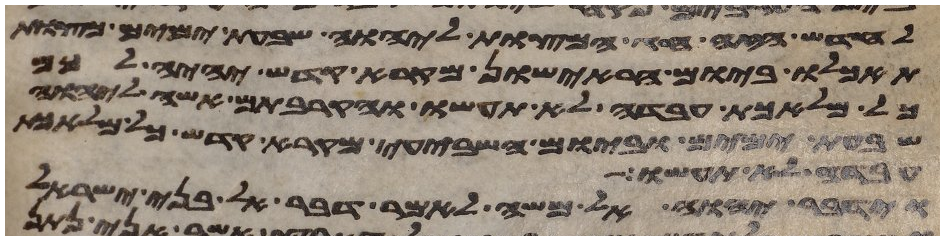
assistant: לחדש הזה חג המצות ליהוה שבעת ימים מצות
תאכלו ביום הראישון מקרא קדש יהיה לכם
כל מלאכת עבדה לא תעשו והקרבתם אשה ליהוה
שבעת ימים וביום השביעי מקרא קדש כל מלאכת
עבדה לא תעשו
וידבר יהוה אל משה לאמר דבר אל בני ישראל